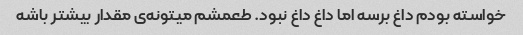
خواسته بودم داغ برسه اما داغ داغ نبود. طعمشم میتونه‌ی مقدار بیشتر باشه